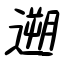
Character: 遡